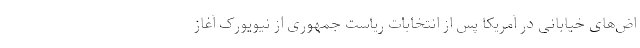
اض‌های خیابانی در آمریکا پس از انتخابات ریاست جمهوری از نیویورک آغاز